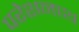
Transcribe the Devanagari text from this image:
परेशनाथ